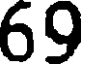
69